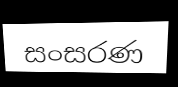
සංසරණ